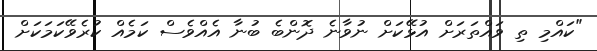
"ކައްމި ތި ވައްތަރަށް އުޅޭކަށް ނުވާނެ ދޮންބެ ބުނާ އެއްވެސް ކަމެއް ކުރެވޭކަމަކަށް